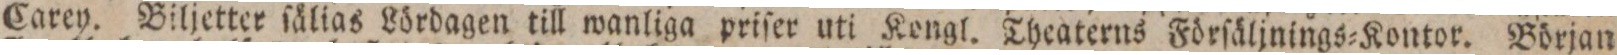
Carey, Biljetter ſålias Lördagen till wanliga priſer uti Kongl. Theaterns Förſäljnings=Kontor. Början